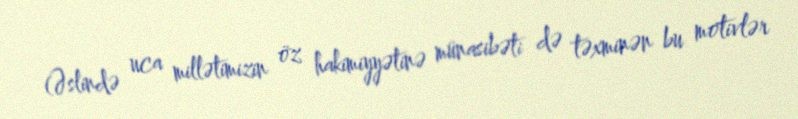
(Əslində uca millətimizin öz hakimiyyətinə münasibəti də təxminən bu motivlər